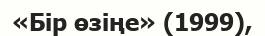
«Бір өзіңе» (1999),